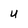
Character: U